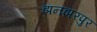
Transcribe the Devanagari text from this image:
झनझरपुर